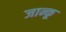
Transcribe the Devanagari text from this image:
जान्कू